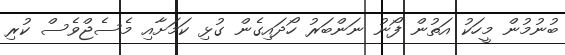
ބުނުމުން މީހަކު އަތުން ފޯނު ނަންބަރު ހޯދައިގެން ގުޅި ކަމަށާއި މެސެޖްވެސް ކުރި